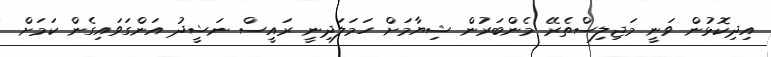
އިދިކޮޅުން ވަނީ މަޖިލިސްތެރޭ މެންބަރުން ޝިޔާމަށް ހަަމަލަދިނީ ރައީސް ނަޝީދު އަންގަވައިގެން ކަމަށް